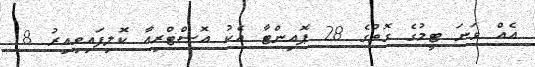
އެއް ވަނަ ޓީމުގެ ގޮތުގެ 28 ޕޮއިންޓާ އެކު އޮސްޓްރިއާ ކޮލިފައިވިއިރު 18